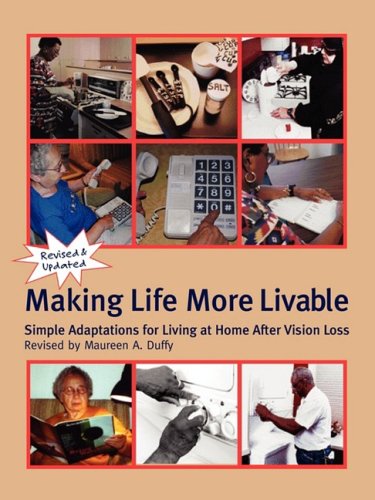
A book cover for Making Life More Livable : Simple Adaptations for Living at Home After Vision Loss; Maureen A. Duffy; Health, Fitness & Dieting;